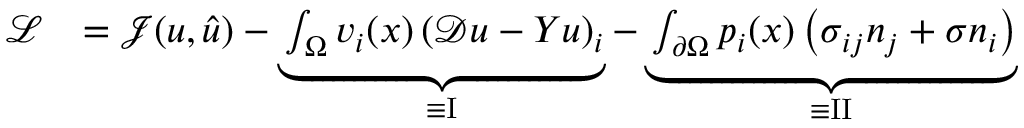
\begin{array} { r l } { \mathcal { L } } & { = \mathcal { J } ( u , \hat { u } ) - \underbrace { \int _ { \Omega } v _ { i } ( x ) \left( \mathcal { D } u - Y u \right) _ { i } } _ { \equiv \mathrm { I } } - \underbrace { \int _ { \partial \Omega } p _ { i } ( x ) \left( \sigma _ { i j } n _ { j } + \sigma n _ { i } \right) } _ { \equiv \mathrm { I I } } } \end{array}